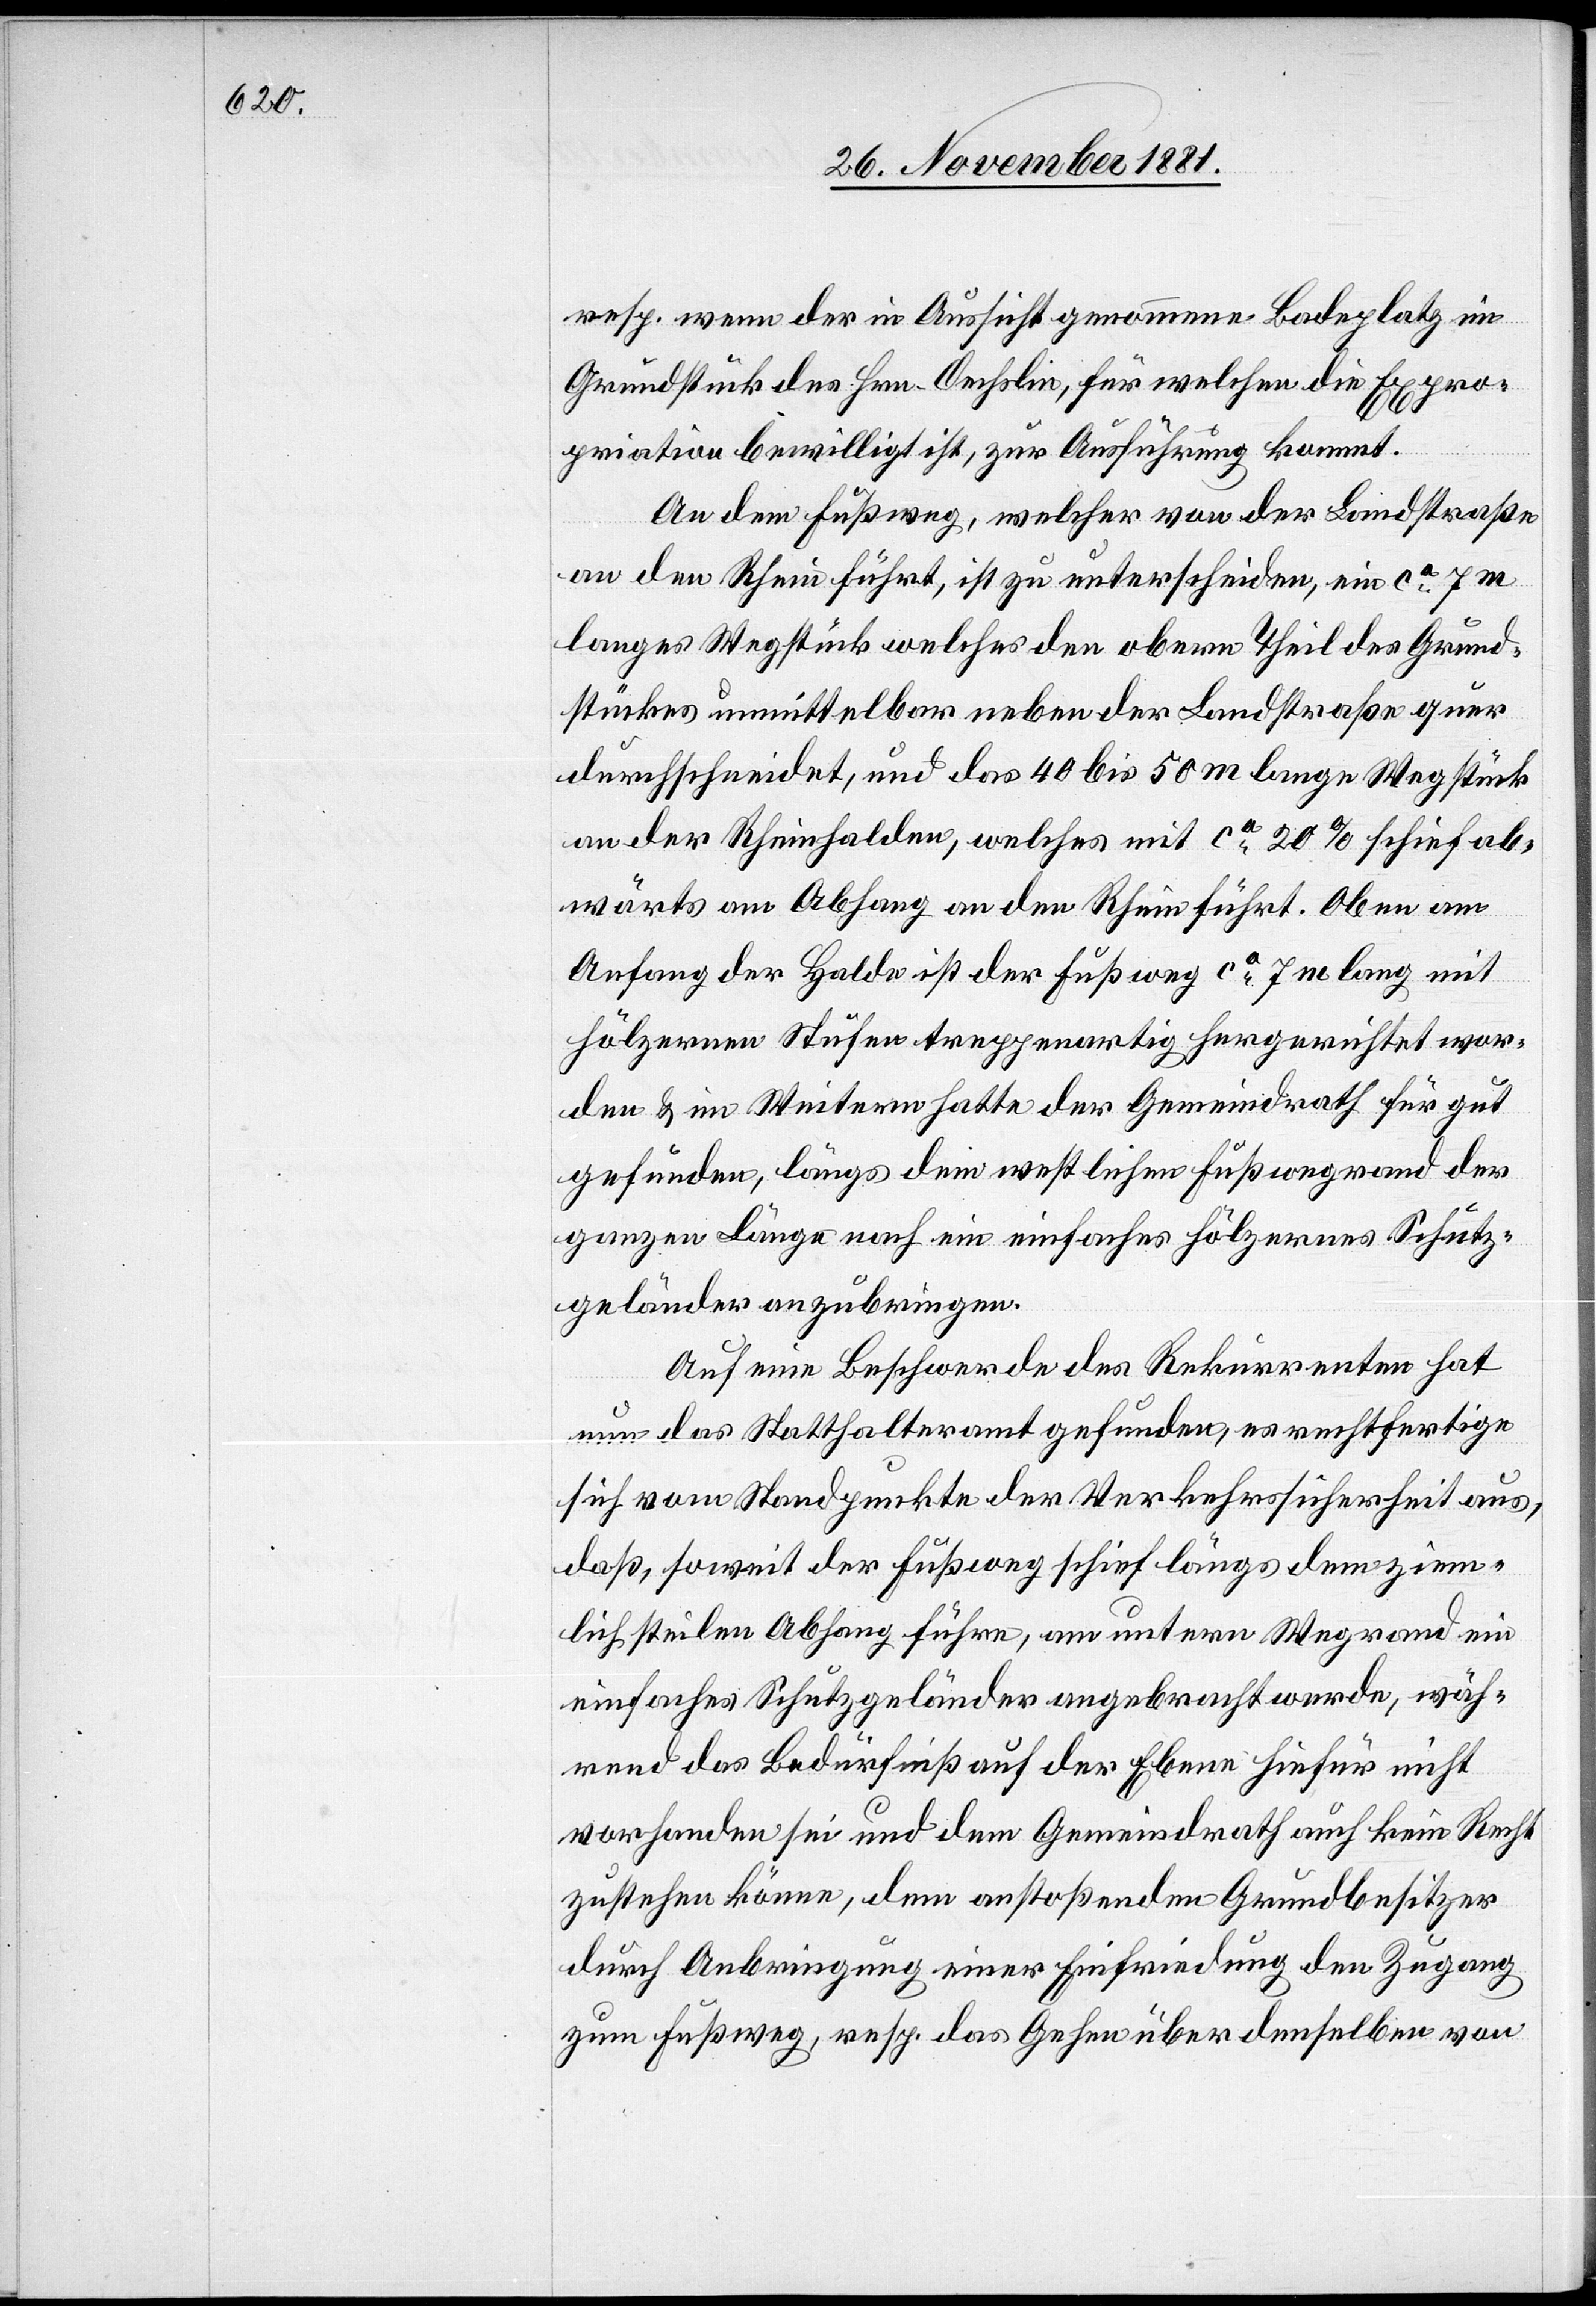
resp. wenn der in Aussicht genommene Badeplatz im
Grundstück des Hrn. Oechslin, für welchen die Expro¬
priation bewilligt ist, zur Ausführung kommt.
An dem Fußweg, welcher von der Landstraße
an den Rhein führt, ist zu unterscheiden, ein ca 7m
langes Wegstück welches den obern Theil des Grund¬
stückes unmittelbar neben der Landstraße quer
durchschneidet, und das 40 bis 50 m lange Wegstück
an der Rheinhalden, welches mit ca 20% schief ab¬
wärts am Abhang an den Rhein führt. Oben am
Anfang der Halde ist der Fußweg ca 7 m lang mit
hölzernen Stufen treppenartig hergerichtet wor¬
den & im Weitern hatte der Gemeindrath für gut
gefunden, längs dem restlichen Fußwegrand der
ganzen Länge nach ein einfaches hölzernes Schutz¬
geländer anzubringen.
Auf eine Beschwerde des Rekurrenten hat
nun das Statthalteramt gefunden, es rechtfertige
sich vom Standpunkte der Verkehrssicherheit aus,
daß, soweit der Fußweg schief längs dem ziem¬
lich steilen Abhang führe, am untern Wegrand ein
einfaches Schutzgeländer angebracht werde, wäh¬
rend das Bedürfniß auf der Ebene hiefür nicht
vorhanden sei und dem Gemeindrath auch kein Recht
zustehen könne, dem anstoßenden Grundbesitzer
durch Anbringung einer Einfriedung den Zugang
zum Fußweg, resp. das Gehen über denselben von